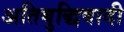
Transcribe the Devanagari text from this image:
अतिबुद्धिवादी